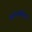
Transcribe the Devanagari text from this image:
सस्टेनाबिलिटी